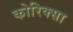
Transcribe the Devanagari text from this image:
कोरिक्सा